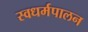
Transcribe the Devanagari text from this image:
स्वधर्मपालन